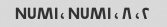
۲، NUM۱، NUM۱، ۸